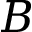
B